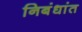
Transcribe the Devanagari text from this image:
निबंधांत